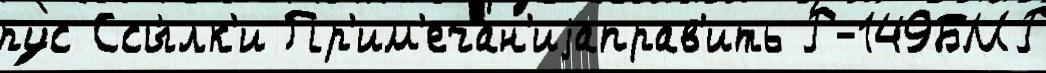
рус Ссы́лк'и Пр'им'ечан'иjаправ'ить Р-149БМР